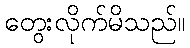
တွေးလိုက်မိသည်။